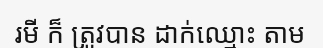
រមី ក៏ ត្រូវបាន ដាក់ឈ្មោះ តាម